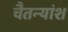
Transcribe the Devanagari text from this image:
चैतन्यांश